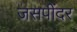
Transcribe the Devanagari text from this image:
जसपींदर